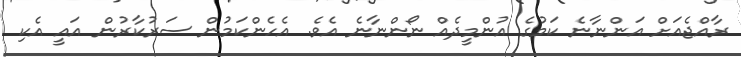
ރާއްޖެއަށް އަންނާނެ ކަމުގެ އުންމީދެއް ނޯންނާނެ އެވެ. އެހެންކަމުން ސަރުކާރުން އައީ އެކި